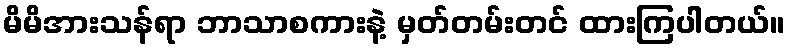
မိမိအားသန်ရာ ဘာသာစကားနဲ့ မှတ်တမ်းတင် ထားကြပါတယ်။